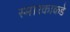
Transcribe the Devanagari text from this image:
स्मारकाकडे